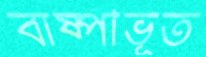
বাষ্পীভূত